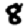
Digit: 8